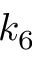
k _ { 6 }